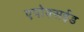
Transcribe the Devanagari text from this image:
एपोक्सईड